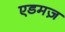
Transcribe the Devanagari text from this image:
एडमज़